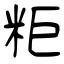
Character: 粔